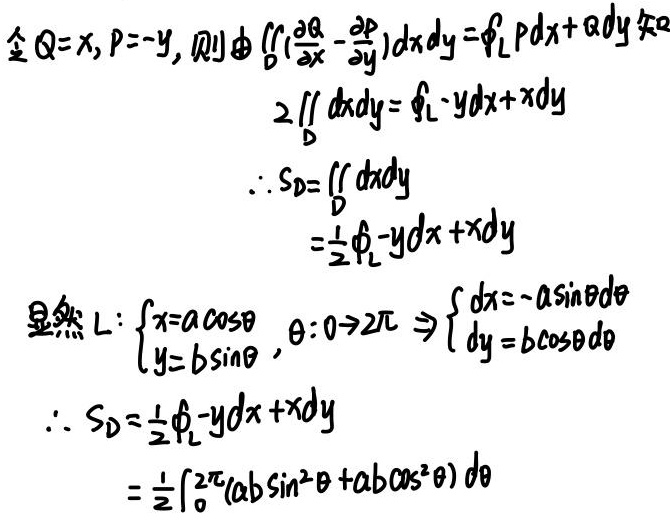
令$Q = x, P = -y$, 则由$\underset{D}{\iint}(\frac{\partial Q}{\partial x}-\frac{\partial P}{\partial y})dxdy=\oint_{L}Pdx + Qdy$知
\[
\begin{align*}
2\underset{D}{\iint}dxdy&=\oint_{L}-ydx + xdy\\
\therefore S_{D}&=\underset{D}{\iint}dxdy\\
&=\frac{1}{2}\oint_{L}-ydx + xdy
\end{align*}
\]
显然$L:\left\{\begin{array}{l}x = a\cos\theta\\y = b\sin\theta\end{array}\right.,\theta:0\rightarrow2\pi\Rightarrow\left\{\begin{array}{l}dx=-a\sin\theta d\theta\\dy = b\cos\theta d\theta\end{array}\right.$
\[
\begin{align*}
\therefore S_{D}&=\frac{1}{2}\oint_{L}-ydx + xdy\\
&=\frac{1}{2}\int_{0}^{2\pi}(ab\sin^{2}\theta+ab\cos^{2}\theta)d\theta
\end{align*}
\]